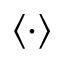
\left\langle \cdot \right\rangle